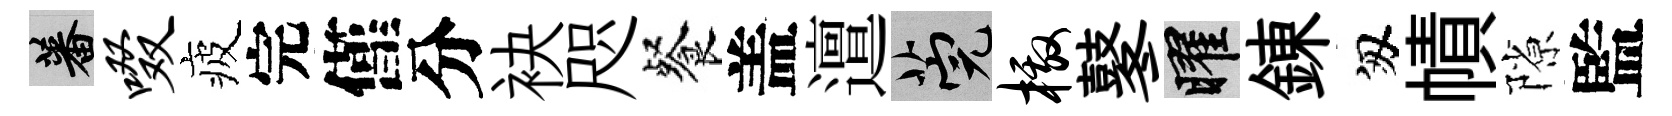
蕃啜疲完僅分袂咫餐盖邅筦檄鼕曜錬匆幘隙監